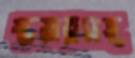
স্কয়ারসহ